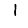
Digit: 1